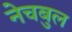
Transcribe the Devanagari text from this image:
नेचबुल